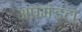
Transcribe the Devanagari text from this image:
अपमंडल